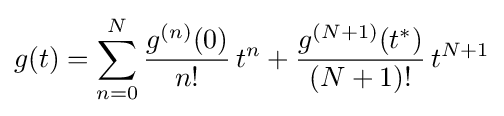
g(t)=\sum _{n=0}^{N}{\frac {g^{(n)}(0)}{n!}}\,t^{n}+{\frac {g^{(N+1)}(t^{*})}{(N+1)!}}\,t^{N+1}